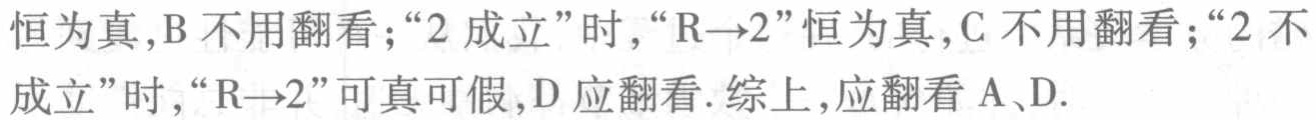
恒为真,B 不用翻看;“2 成立”时,“R→2”恒为真,C 不用翻看;“2 不成立”时,“R→2”可真可假,D 应翻看.综上,应翻看 A、D.